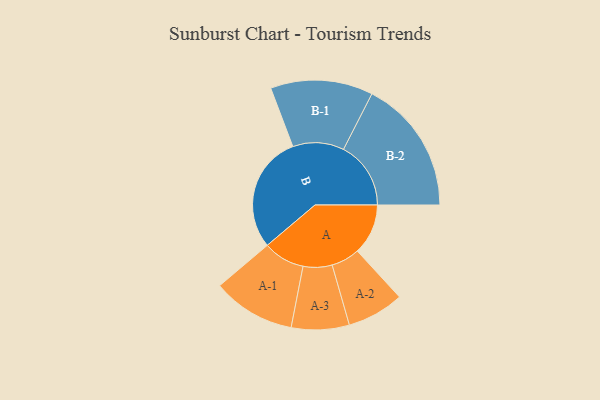
{"axis": {"x": "Segment", "y": "Value"}, "legend": ["", "A", "B"], "data": [{"x": "A", "y": 214, "type": ""}, {"x": "B", "y": 494, "type": ""}, {"x": "A-1", "y": 175, "type": "A"}, {"x": "A-2", "y": 120, "type": "A"}, {"x": "A-3", "y": 122, "type": "A"}, {"x": "B-1", "y": 216, "type": "B"}, {"x": "B-2", "y": 284, "type": "B"}]}